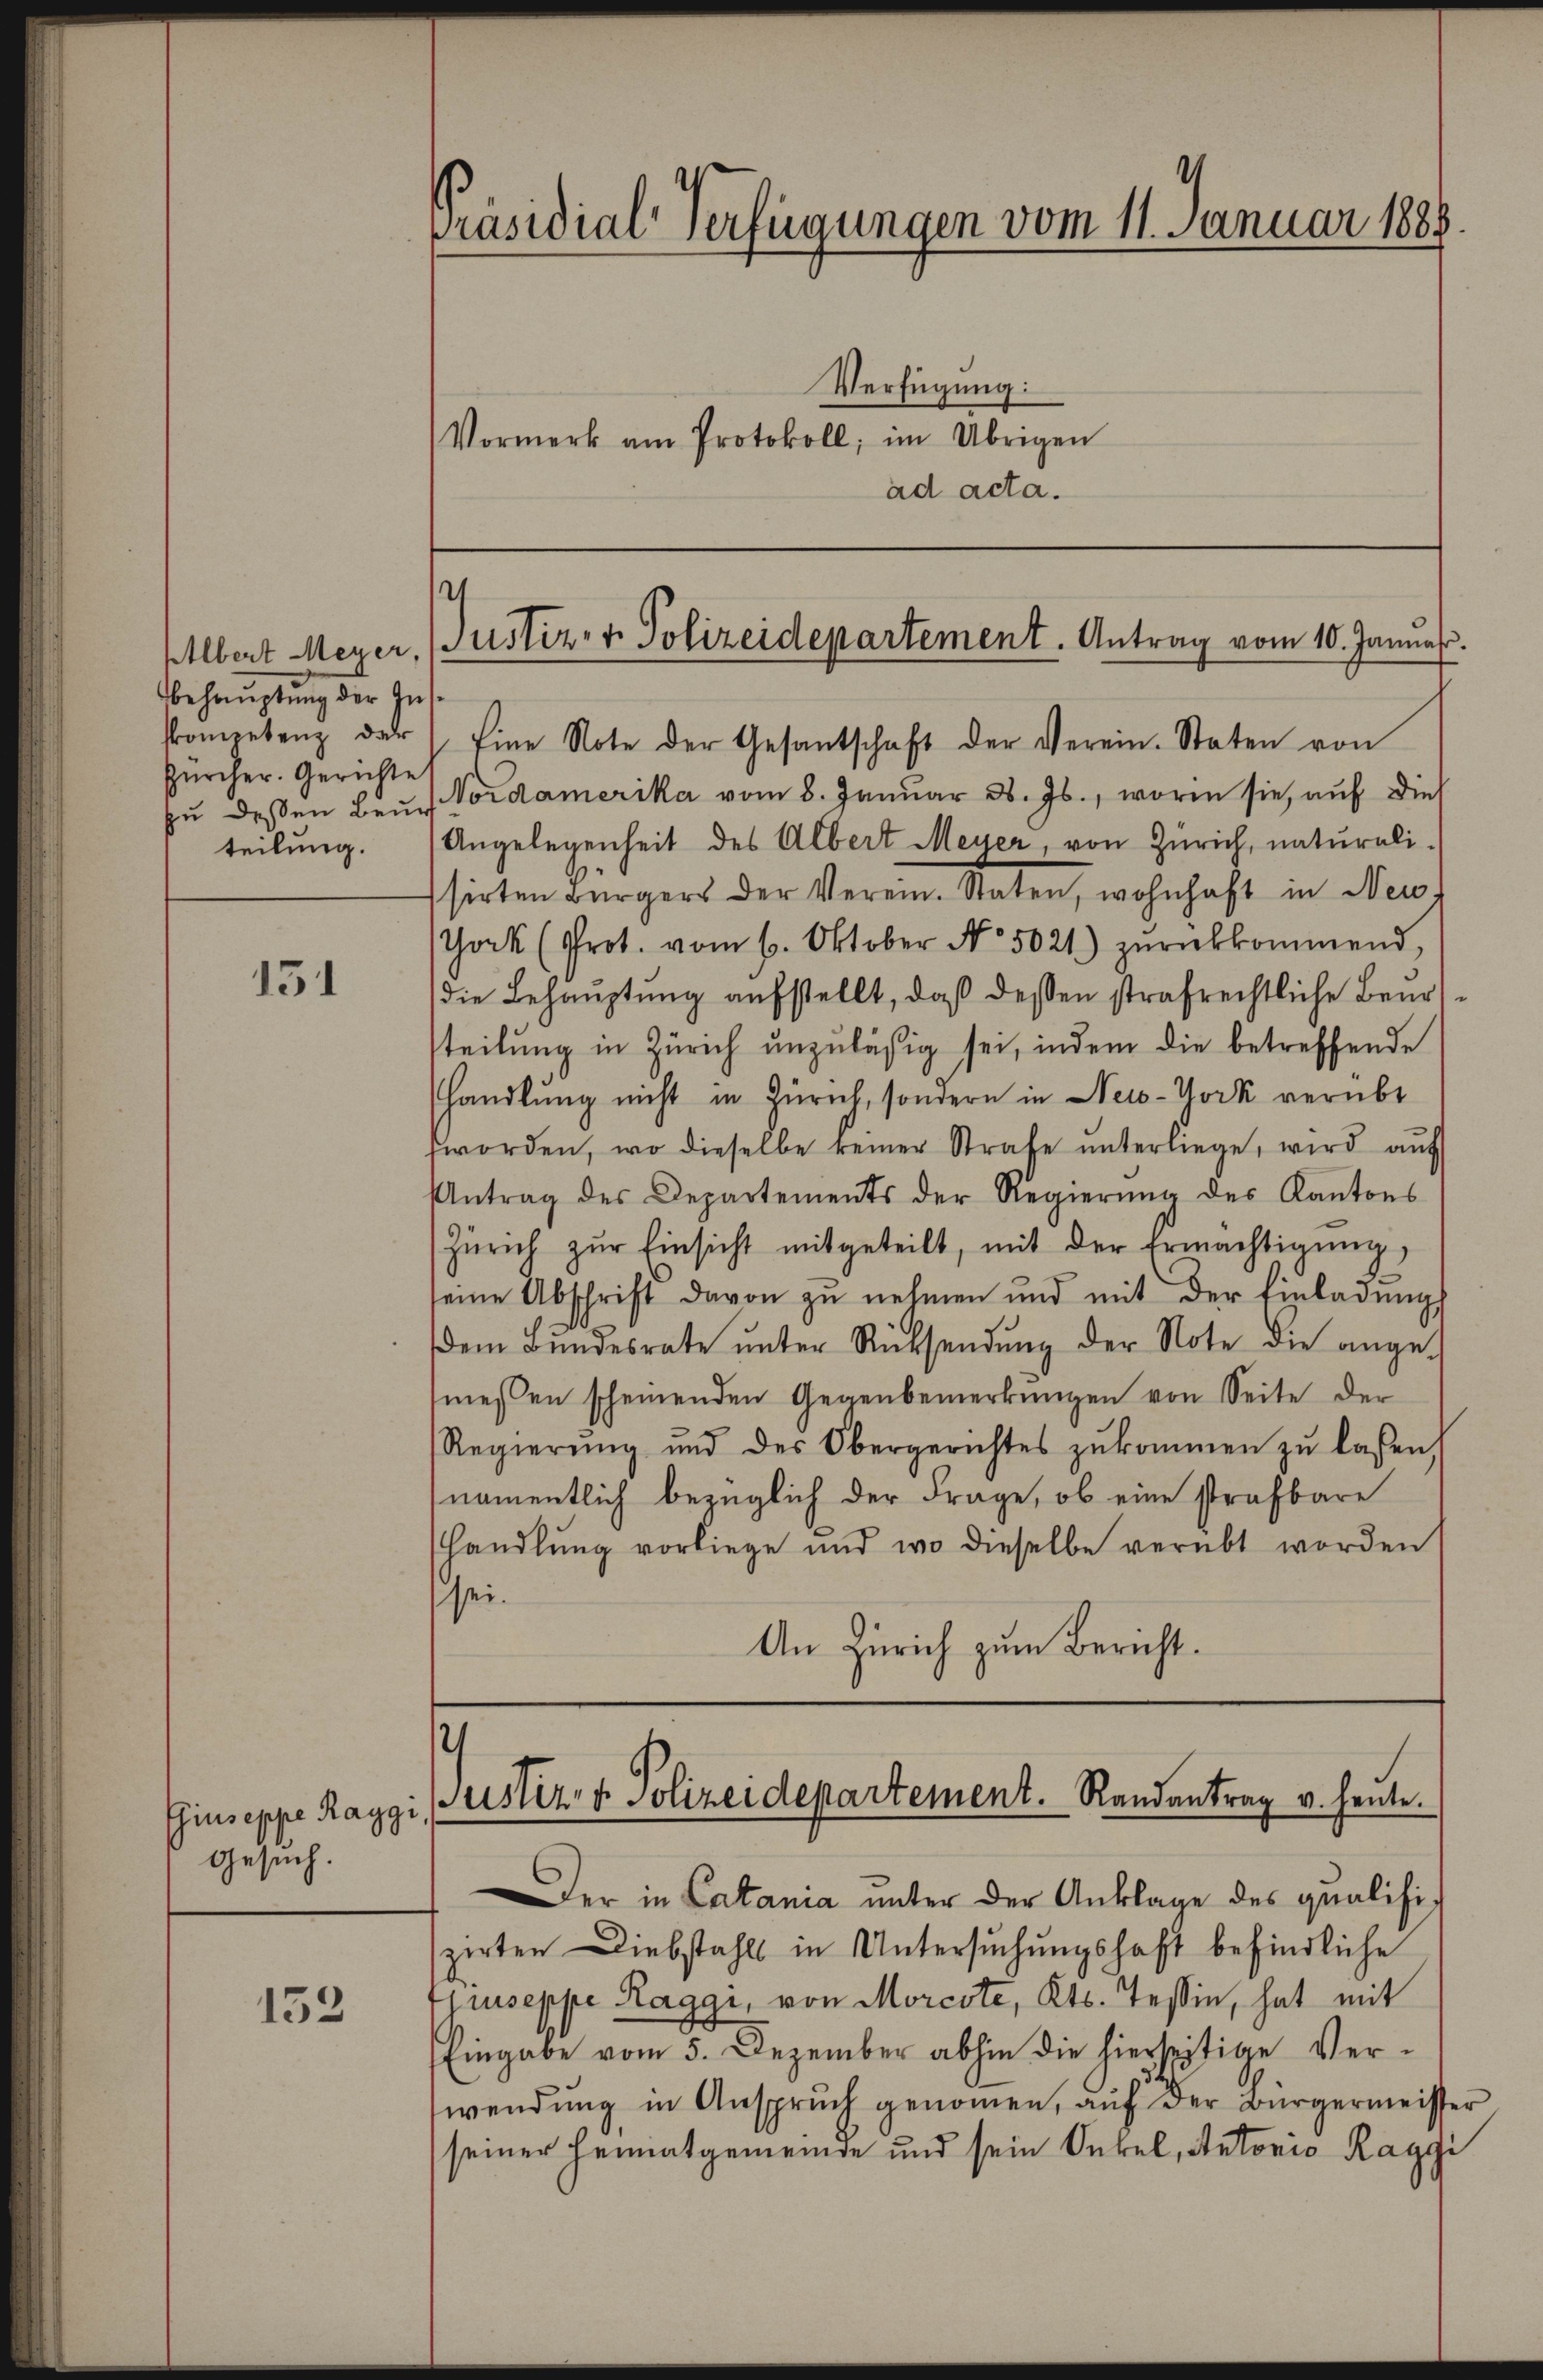
Behauptung der Ins¬
Zürcher. Gerichte
teilung.

151

Gesuch.

152

Präsidial-Verfügungen vom 11. Januar 1888
Verfügung:
Vormerk am Protokoll; im Übrigen
ad acta.

Elbert Meyer, Justiz- & Polizeidepartement. Antrag vom 10. Januar.

skompetenz der Eine Note der Gesantschaft der Verein-Staten von
zŭ dessen Bei Vordamerika vom 8. Januar d. Js., worin sie, auf die
Angelegenheit des Albert Meyer, von Zürich, naturalissirten Bürgers der Verein. Staten, wohnhaft in New-
Jock (Prot. vom 6. Oktober No 5021) zŭrückkommend,
die Behauptung aufstellt, daß dessen strafrechtliche Beurteilung in Zürich unzuläßig sei, indem die betreffende
handlung nicht in Zürich, sondern in New-York verübt
worden, wo dieselbe keiner Strafe ŭnterliege, wird aŭf
Antrag des Departements der Regierŭng des Kantons
Zürich zŭr Einsicht mitgeteilt, mit der Ermächtigŭng,
seine Abschrift davon zu nehmen und mit der Einladŭngs
dem Bundesrate ŭnter Rücksendŭng der Note die ange-
meßen scheinenden Gegenbemerkŭngen von Seite der
Regierŭng und des Obergerichtes zŭkommen zŭ lassen,
namentlich bezüglich der Frage, ob eine strafbare
handlŭng vorliege und wo dieselbe verübt worden
sei.
An Zürich zum Bericht.

2
Phiuseppe Raggi, Justiz & Polizeidepartement. Randantrag v. heute.

Der in Catania unter der Anklage des qualifiszirten Diebstahls in Untersuchungshaft befindliche
piuseppe Raggi, von Morcote, Kts. Tessin, hat mit
Eingabe vom 5. Dezember abhin die hierseitige Verwendung in Anspruch genommen, auf der Bürgermeister
seiner Heimatgemeinde und sein Onkel, Autorio Raggi